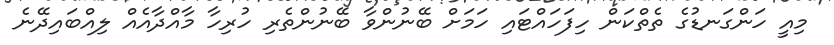
މިއީ ހަންގަނޑުގެ ތެތްކަން ހިފަހައްޓައި ހަމަށް ބޭނުންވާ ބޭނުންތެރި ހުރިހާ މާއްދާއެއް ލިއްބައިދޭނެ